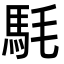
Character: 䭷